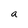
Character: a